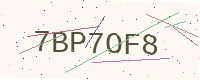
Text: 7BP7OF8